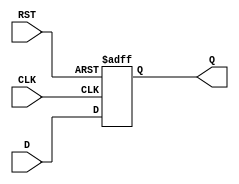
module synchronous_register (
    input wire D,       // Data input
    input wire CLK,     // Clock input
    input wire RST,     // Asynchronous reset
    output reg Q        // Data output
);

// Always block triggered on the rising edge of the clock or the reset signal
always @(posedge CLK or posedge RST) begin
    if (RST) begin
        Q <= 1'b0;      // Clear the register output to 0 on reset
    end else begin
        Q <= D;         // Update the register output with the data input
    end
end

endmodule